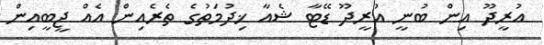
އުރީދޫ އިން ބުނީ އުރީދޫ ޑޭޓާ ޝެއާ ޚިދުމަތުގެ ތެރެއިން އެއް ޖީބީއިން